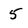
Character: 5